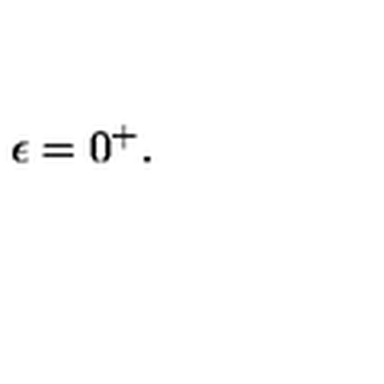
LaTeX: \epsilon = 0 ^ { + } .